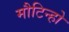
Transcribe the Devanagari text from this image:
मौटिन्हो